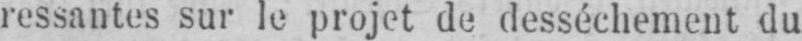
ressantes sur le projet de desséchement du